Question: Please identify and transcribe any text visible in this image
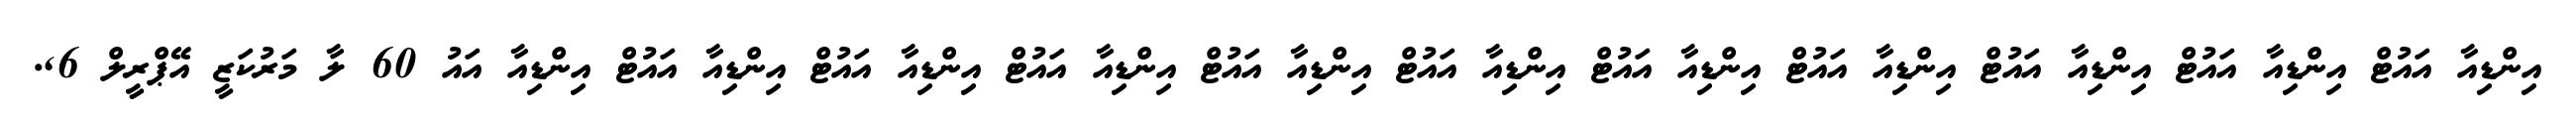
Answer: އިންޑިއާ އައުޓް އިންޑިއާ އައުޓް އިންޑިއާ އައުޓް އިންޑިއާ އައުޓް އިންޑިއާ އައުޓް އިންޑިއާ އައުޓް އިންޑިއާ އައުޓް އިންޑިއާ އައުޓް އިންޑިއާ އައުޓް އިންޑިއާ އައުޓް އިންޑިއާ އައު 60 ލާ މަރުކަޒީ އޭޕްރީލް 6,.